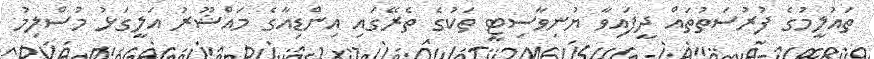
ތައުލީމުގެ ފުރުސަތުތައް ދީފައިވާ ޔުނިވާސިޓީ ތަކުގެ ތެރޭގައި އިންޑިއާގެ މައްޝޫރު އަލީގަޅު މުސްލިމު